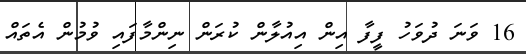
16 ވަނަ ދުވަހު ފީފާ އިން އިއުލާން ކުރަން ނިންމާފައި ވުމުން އެތައް